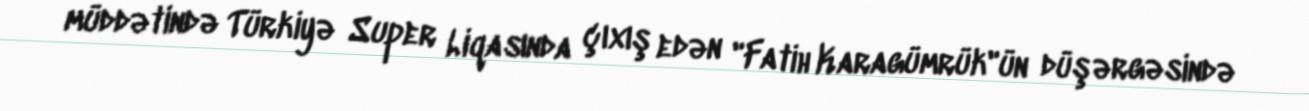
müddətində Türkiyə Super Liqasında çıxış edən "Fatih Karagümrük"ün düşərgəsində